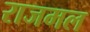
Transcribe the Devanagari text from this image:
राजमल